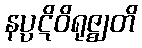
နပ္ပဋိဝိရုဇ္ဈတိ